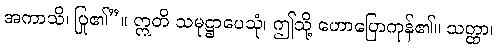
အကာသိ၊ ပြု၏”။ ဣတိ သမုဋ္ဌာပေသုံ၊ ဤသို့ ဟောပြောကုန်၏။ သတ္ထာ၊